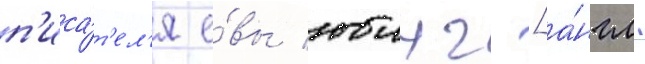
п'иса́т'ел'я е́вы юинг [а́нгл.